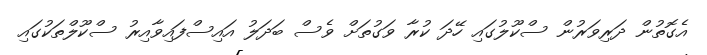
އެގޮތުން ދަރިވަރުން ސްކޫލުގައި ހޭދަ ކުރާ ވަގުތަށް ވެސް ބަދަލު އައިސްފައިވާއިރު ސްކޫލްތަކުގައި